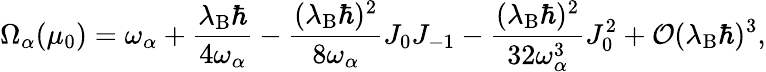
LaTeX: \Omega_{\alpha}(\mu_{0})={\omega}_{\alpha}+\frac{\lambda_{\mathrm{B}}\hbar}{4{\omega}_{\alpha}}-\frac{(\lambda_{\mathrm{B}}\hbar)^{2}}{8{\omega}_{\alpha}}J_{0}J_{-1}-\frac{(\lambda_{\mathrm{B}}\hbar)^{2}}{32{\omega}_{\alpha}^{3}}J_{0}^{2}+{\cal O}(\lambda_{\mathrm{B}}\hbar)^{3},